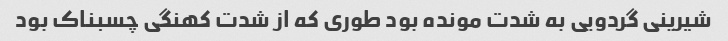
شیرینی گردویی به شدت مونده بود طوری که از شدت کهنگی چسبناک بود